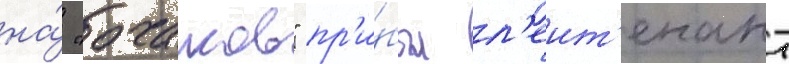
на́ "очаков" пр'и́был л'еит'енант